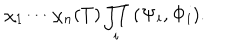
LaTeX: \chi _ { 1 } \cdots \chi _ { n } ( T ) \prod _ { i } \; ( { \bf \Psi _ { i } } , { \bf \Phi _ { i } } ) .